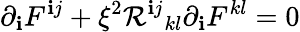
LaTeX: {\partial}_{\mathbf{i}}F^{\mathbf{i}j}+{\xi}^{2}{\mathcal{R}^{\mathbf{i}j}}_{kl}{\partial}_{\mathbf{i}}F^{kl}=0